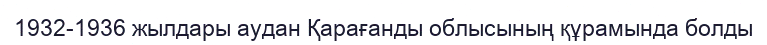
1932-1936 жылдары аудан Қарағанды ​​облысының құрамында болды